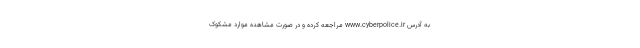
به آدرس www.cyberpolice.ir مراجعه کرده و در صورت مشاهده موارد مشکوک